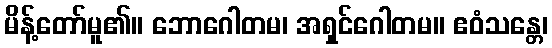
မိန့်တော်မူ၏။ ဘောဂေါတမ၊ အရှင်ဂေါတမ။ ဧဝံသန္တေ၊